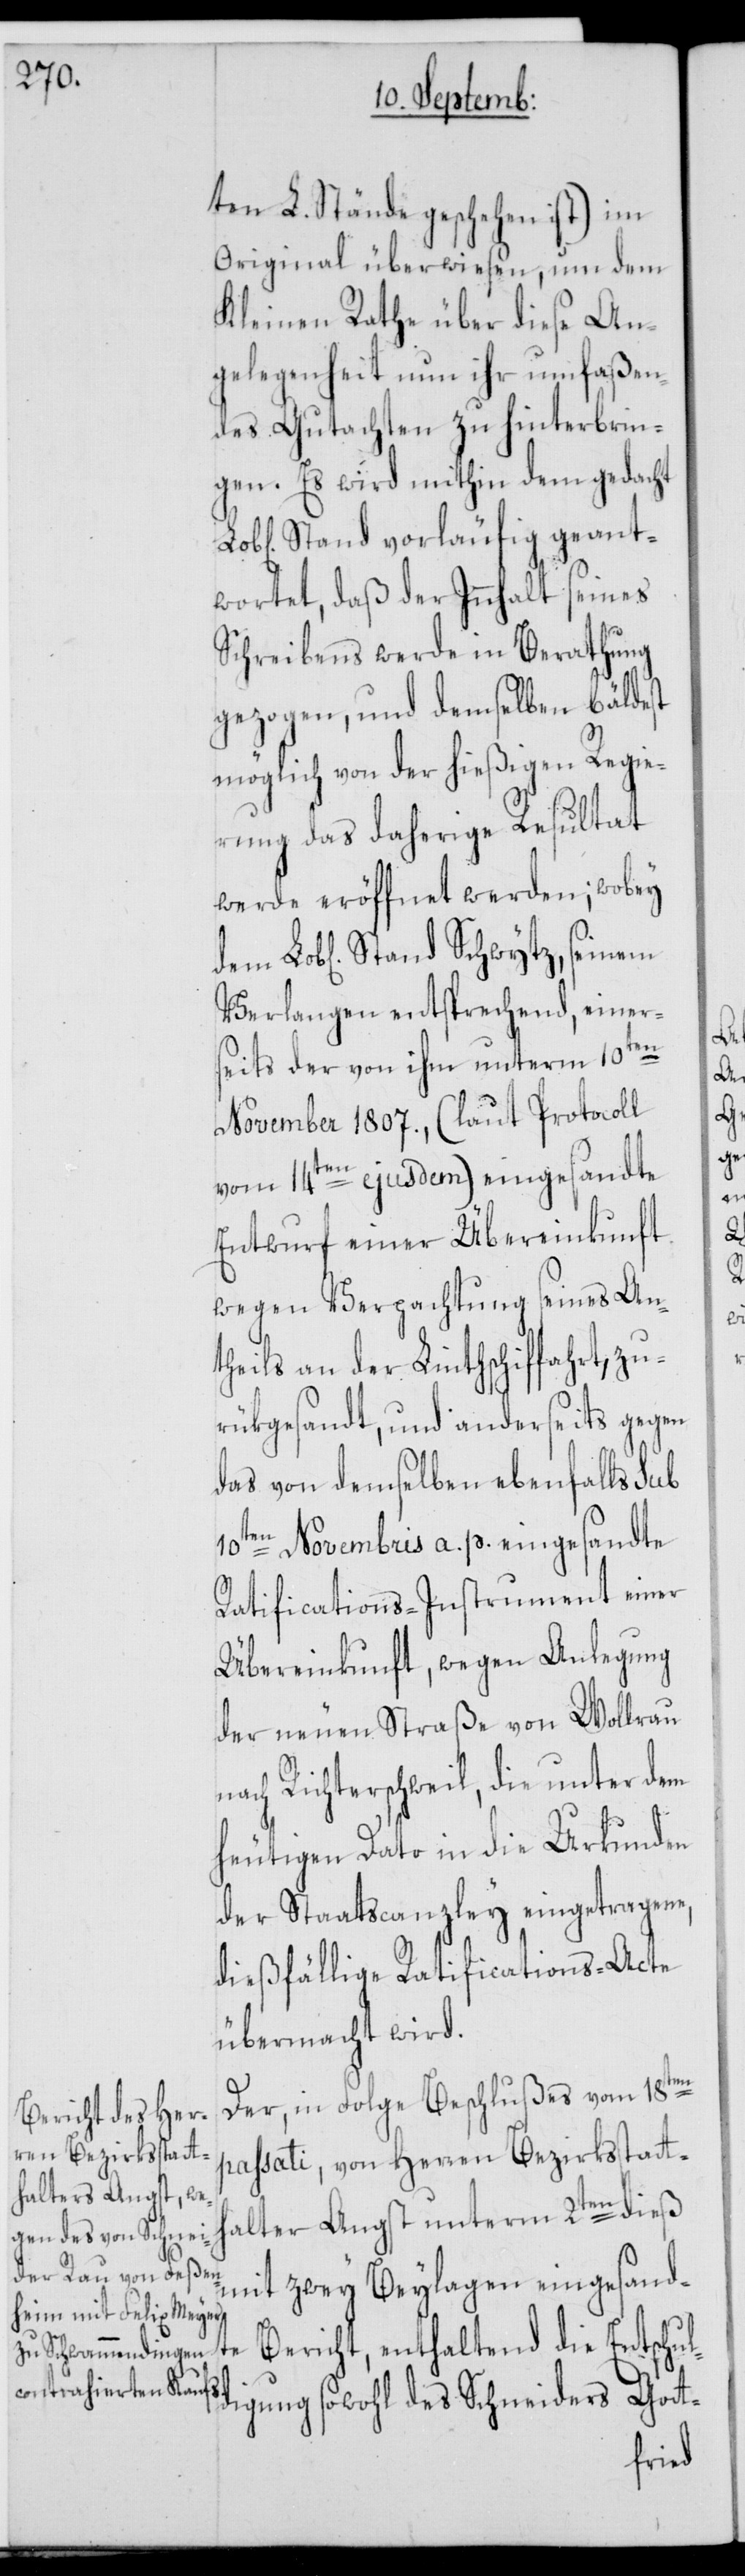
ten L. Stände geschehen ist) im
Original überwiesen, um dem
Kleinen Rathe über diese An¬
gelegenheit nun ihr umfaßen¬
des Gutachten zu hinterbrin¬
gen. Es wird mithin dem gedacht
Stand vorläufig geant¬
wortet, daß der Innhalt seines
Schreibens werde in Berathung
gezogen, und demselben bäldest
möglich von der hießigen Regie¬
rung das daherige Resultat
werde eröffnet werden; wobey
Verlangen entsprechend, einer¬
seits der von ihm unterm 10ten
November 1807., (laut Protocoll
vom 14ten ejusdem) eingesandte
Entwurf einer Übereinkunft
wegen Verpachtung seines An¬
theils an der Linthschiffahrt, zu¬
rükgesandt, und anderseits gegen
das von demselben ebenfalls sub
10ten Novembris a. p. eingesandte
Ratifications-Instrument einer
Übereinkunft, wegen Anlegung
der neuen Straße von Wollrau
nach Richterschweil, die unter dem
heutigen Dato in die Urkunden
der Staatscanzley eingetragene,
dießfällige Ratifications-Acte
übermacht wird.
Der, in Folge Beschlußes vom 18ten
passati, von Herren Bezirksstatt¬
halter Angst unterm 2ten dieß
mit zwey Beylagen eingesand¬
te Bericht, enthaltend die Entschul¬
digung sowohl des Schneiders Gott-